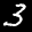
Label: 3